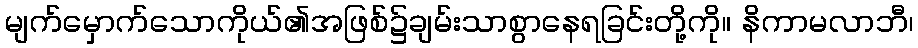
မျက်မှောက်သောကိုယ်၏အဖြစ်၌ချမ်းသာစွာနေရခြင်းတို့ကို။ နိကာမလာဘီ၊